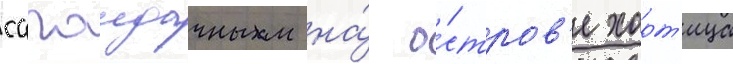
сагаидачным на́ о́стров'е хорт'ица